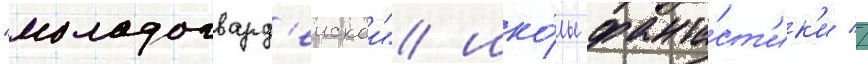
"молодогвард'еискои" шко́лы фанта́ст'ик'и //